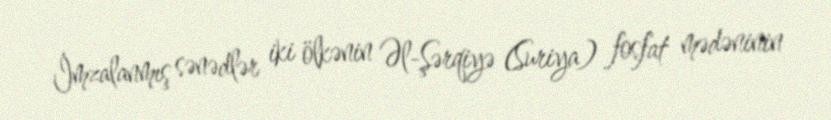
İmzalanmış sənədlər iki ölkənin Əl-Şərqiyə (Suriya) fosfat mədəninin